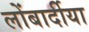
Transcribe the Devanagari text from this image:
लोंबार्दीया